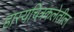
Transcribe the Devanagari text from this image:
हास्यचित्रकलेतील